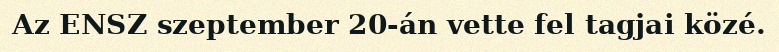
Az ENSZ szeptember 20-án vette fel tagjai közé.